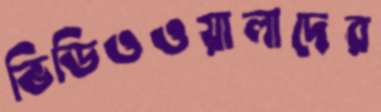
ভিডিওওয়ালাদের